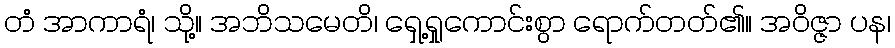
တံ အာကာရံ၊ သို့။ အဘိသမေတိ၊ ရှေ့ရှုကောင်းစွာ ရောက်တတ်၏။ အဝိဇ္ဇာ ပန၊